Causation and prevention of malarial fevers: a statement of the results of researches drawn up for the use of assistant surgeons, hospital assistants and students
Disease focus: Malaria
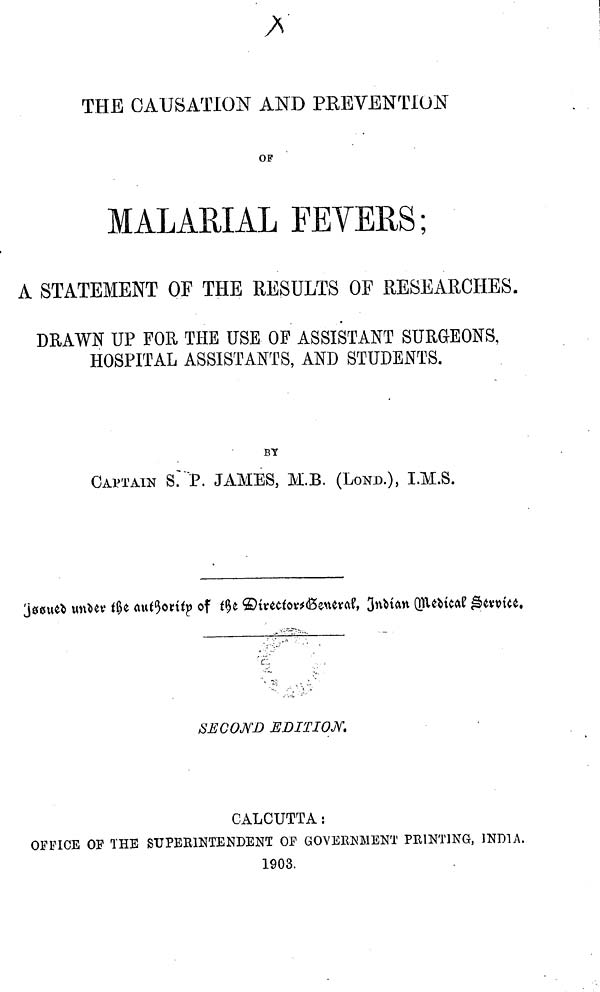
THE CAUSATION AND PREVENTION
OF
MALARIAL FEVERS;
A STATEMENT OF THE RESULTS OF RESEARCHES.
DRAWN UP FOR THE USE OF ASSISTANT SURGEONS,
HOSPITAL ASSISTANTS, AND STUDENTS.
BY
CAPTAIN S. P. JAMES, M.B. (LOND.), I.M.S.
Issued under the authority of the Directors General, Indian Medical Service.
SECOND EDITION.
CALCUTTA:
OFFICE OF THE SUPEE1NTENDENT OF GOVERNMENT PRINTING, INDIA.
1903.